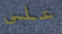
على